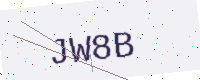
Text: JW8B